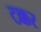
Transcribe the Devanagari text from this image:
टक्कर